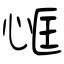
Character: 恇